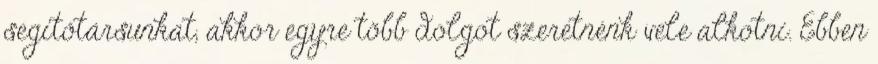
segítőtársunkat, akkor egyre több dolgot szeretnénk vele alkotni. Ebben